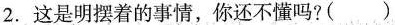
2.这是明摆着的事情，你还不懂吗?( )